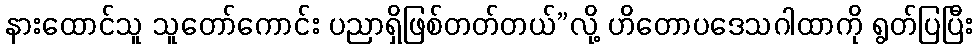
နားထောင်သူ သူတော်ကောင်း ပညာရှိဖြစ်တတ်တယ်”လို့ ဟိတောပဒေသဂါထာကို ရွတ်ပြပြီး